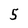
Character: 5